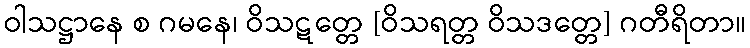
ဝါသဋ္ဌာနေ စ ဂမနေ၊ ဝိသဋတ္တေ [ဝိသရတ္တ ဝိသဒတ္တေ] ဂတီရိတာ။